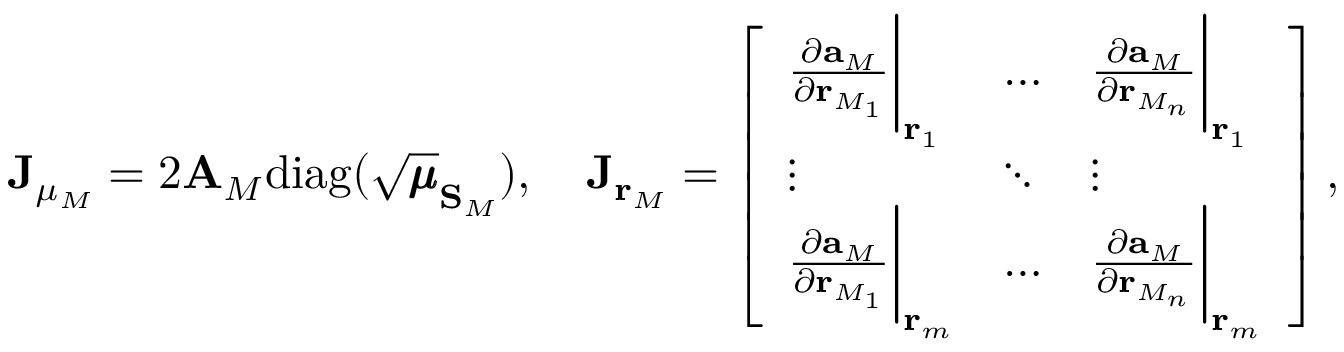
\mathbf { J } _ { \mu _ { M } } = 2 \mathbf { A } _ { M } \mathrm { d i a g } ( \sqrt { \pmb { \mu } } _ { \mathbf { S } _ { M } } ) , \quad \mathbf { J } _ { \mathbf { r } _ { M } } = \left[ \begin{array} { l l l } { \frac { \partial { \mathbf { a } _ { M } } } { \partial \mathbf { r } _ { M _ { 1 } } } \biggr \rvert _ { \mathbf { r } _ { 1 } } } & { \hdots } & { \frac { \partial { \mathbf { a } _ { M } } } { \partial \mathbf { r } _ { M _ { n } } } \biggr \rvert _ { \mathbf { r } _ { 1 } } } \\ { \vdots } & { \ddots } & { \vdots } \\ { \frac { \partial { \mathbf { a } _ { M } } } { \partial \mathbf { r } _ { M _ { 1 } } } \biggr \rvert _ { \mathbf { r } _ { m } } } & { \hdots } & { \frac { \partial { \mathbf { a } _ { M } } } { \partial \mathbf { r } _ { M _ { n } } } \biggr \rvert _ { \mathbf { r } _ { m } } } \end{array} \right] ,